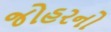
જોહરનો